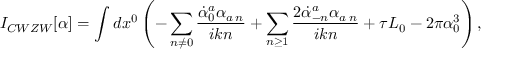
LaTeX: I _ { C W Z W } [ \alpha ] = \int d x ^ { 0 } \left( - \sum _ { n \neq 0 } \frac { \dot { \alpha } _ { 0 } ^ { a } \alpha _ { a \: n } } { i k n } + \sum _ { n \ge 1 } \frac { 2 \dot { \alpha } _ { - n } ^ { a } \alpha _ { a \: n } } { i k n } + \tau L _ { 0 } - 2 \pi \alpha _ { 0 } ^ { 3 } \right) ,